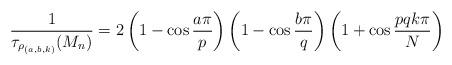
LaTeX: \begin{align*}\frac{1}{\tau_{\rho_{(a,b,k)}}(M_{n})}={2\left(1-\cos\frac{a\pi}{p}\right) \left(1-\cos\frac{b\pi}{ q}\right)\left(1+\cos\frac{p q k\pi}N\right)} \end{align*}